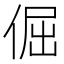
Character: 倔